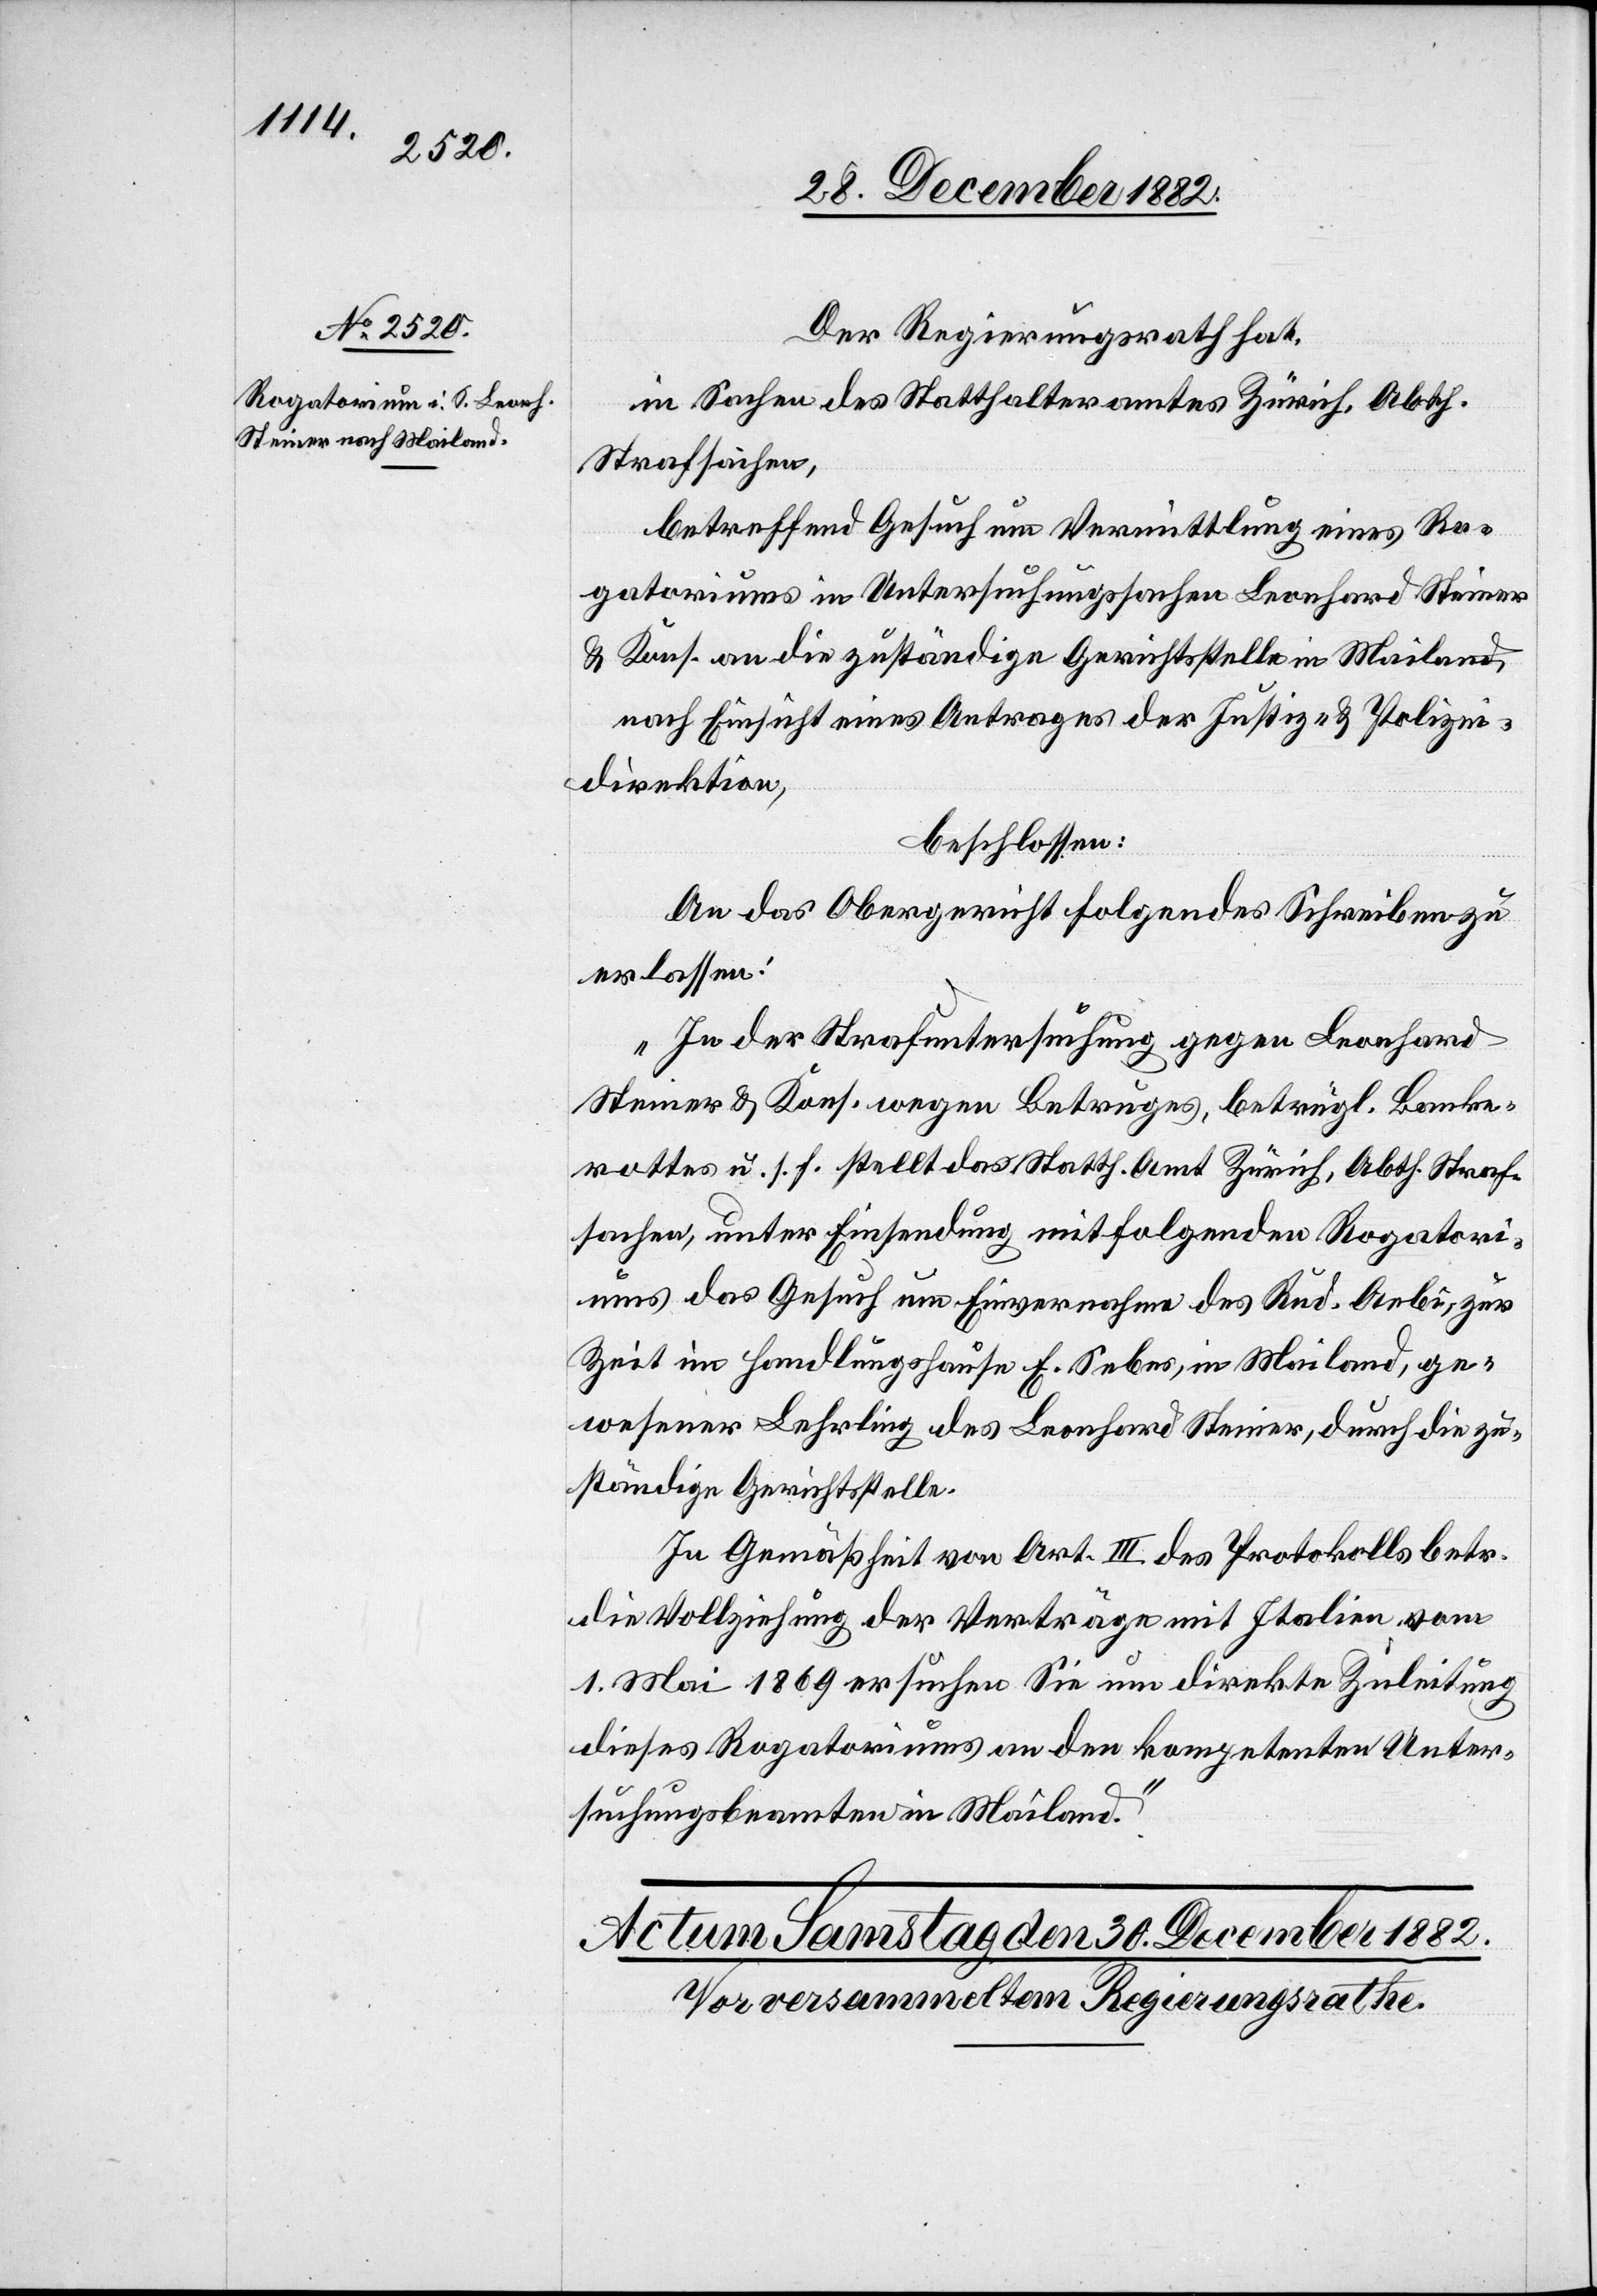
29. December 1882.]
Der Regierungsrath hat,
in Sachen des Statthalteramtes Zürich, Abth.
Strafsachen,
betreffend Gesuch um Vermittlung eines Ro¬
gatoriums in Untersuchungssachen Leonhard Steiner
& Kons. an die zuständige Gerichtsstelle in Mailand,
nach Einsicht eines Antrages der Justiz- & Polizei¬
direktion,
beschlossen:
An das Obergericht folgendes Schreiben zu
erlassen:
„In der Strafuntersuchung gegen Leonhard
Steiner & Kons. wegen Betruges, betrügl. Banke¬
rottes u. s. f. stellt das Statth. Amt Zürich, Abth. Straf¬
sachen, unter Einsendung mitfolgenden Rogatori¬
ums das Gesuch um Einvernahme des Rud. Aebi, zur
Zeit im Handlungshause E. Sebes, in Mailand, ge¬
wesener Lehrling des Leonhard Steiner, durch die zu¬
ständige Gerichtsstelle.
In Gemäßheit von Art. III des Protokolls betr.
die Vollziehung der Verträge mit Italien vom
1. Mai 1869 ersuchen Sie um direkte Zuleitung
dieses Rogatoriums an den kompetenten Unter¬
suchungsbeamten in Mailand.“